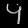
Digit: ၄